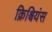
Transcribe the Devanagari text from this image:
क्रिश्चियंस